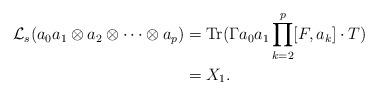
LaTeX: \begin{align*} \mathcal{L}_s(a_0a_1\otimes a_2\otimes\cdots\otimes a_p) &= {\rm Tr}(\Gamma a_0a_1\prod_{k=2}^p[F,a_k]\cdot T)\\ &=X_1. \end{align*}